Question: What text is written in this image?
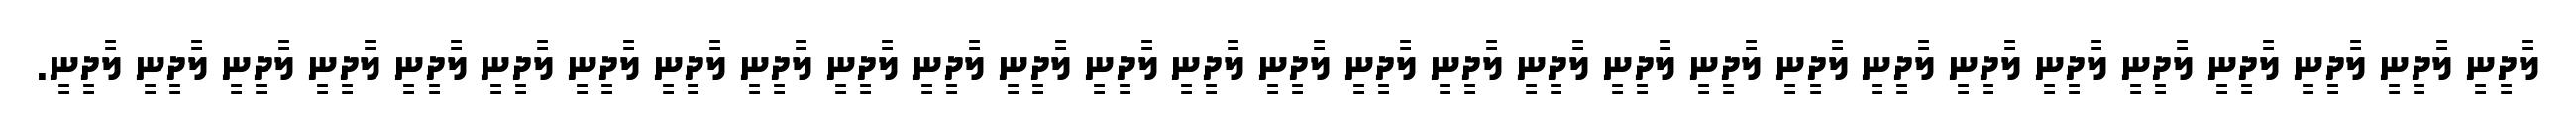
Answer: ލާދީނީ ލާދީނީ ލާދީނީ ލާދީނީ ލާދީނީ ލާދީނީ ލާދީނީ ލާދީނީ ލާދީނީ ލާދީނީ ލާދީނީ ލާދީނީ ލާދީނީ ލާދީނީ ލާދީނީ ލާދީނީ ލާދީނީ ލާދީނީ ލާދީނީ ލާދީނީ ލާދީނީ ލާދީނީ ލާދީނީ ލާދީނީ ލާދީނީ ލާދީނީ ލާދީނީ ލާދީނީ ލާދީނީ.